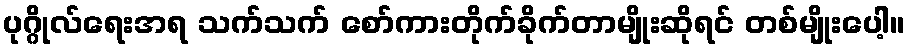
ပုဂ္ဂိုလ်ရေးအရ သက်သက် စော်ကားတိုက်ခိုက်တာမျိုးဆိုရင် တစ်မျိုးပေါ့။